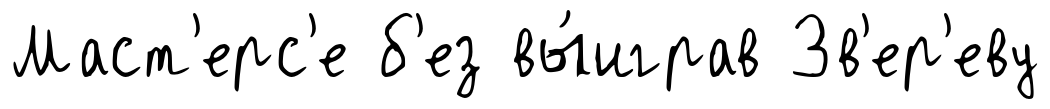
Маст'ерс'е б'ез вы́играв Зв'ер'еву